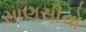
સાણસીનો